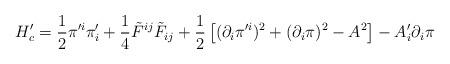
LaTeX: \begin{align*}H'_c=\frac{1}{2}\pi'^{i} \pi' _{i}+\frac{1}{4}\tilde{F}^{ij} \tilde{F}_{ij}+\frac{1}{2}\left[(\partial_i \pi'^i)^2+(\partial_i \pi)^2 -A^2\right]-A'_i \partial_i\pi \end{align*}